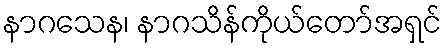
နာဂသေန၊ နာဂသိန်ကိုယ်တော်အရှင်